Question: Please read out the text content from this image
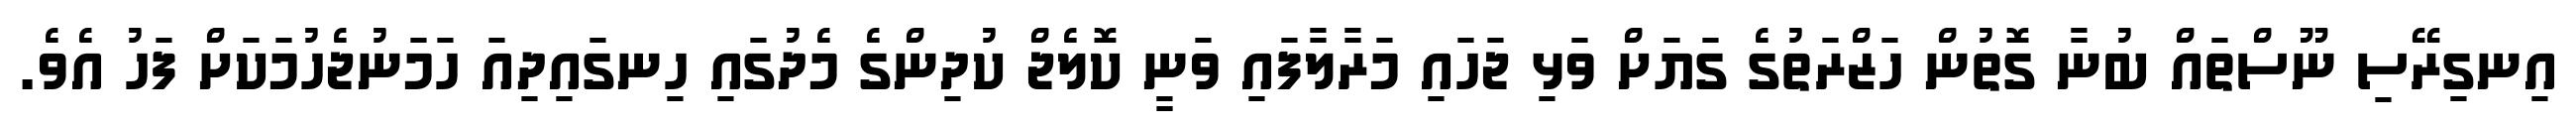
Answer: އިނގިރޭސި ނޫސްތައް ބުނާ ގޮތުން ހަޒްރަތުގެ ގަޔަށް ވަޅި ޖަހައި މަރާލާފައި ވަނީ ކޮލެޖް ކުދިންގެ މެދުގައި ހިނގައިދިއަ ހަމަނުޖެހުމަކަށް ފަހު އެވެ.